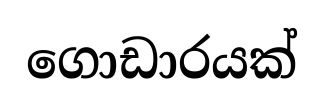
ගොඩාරයක්